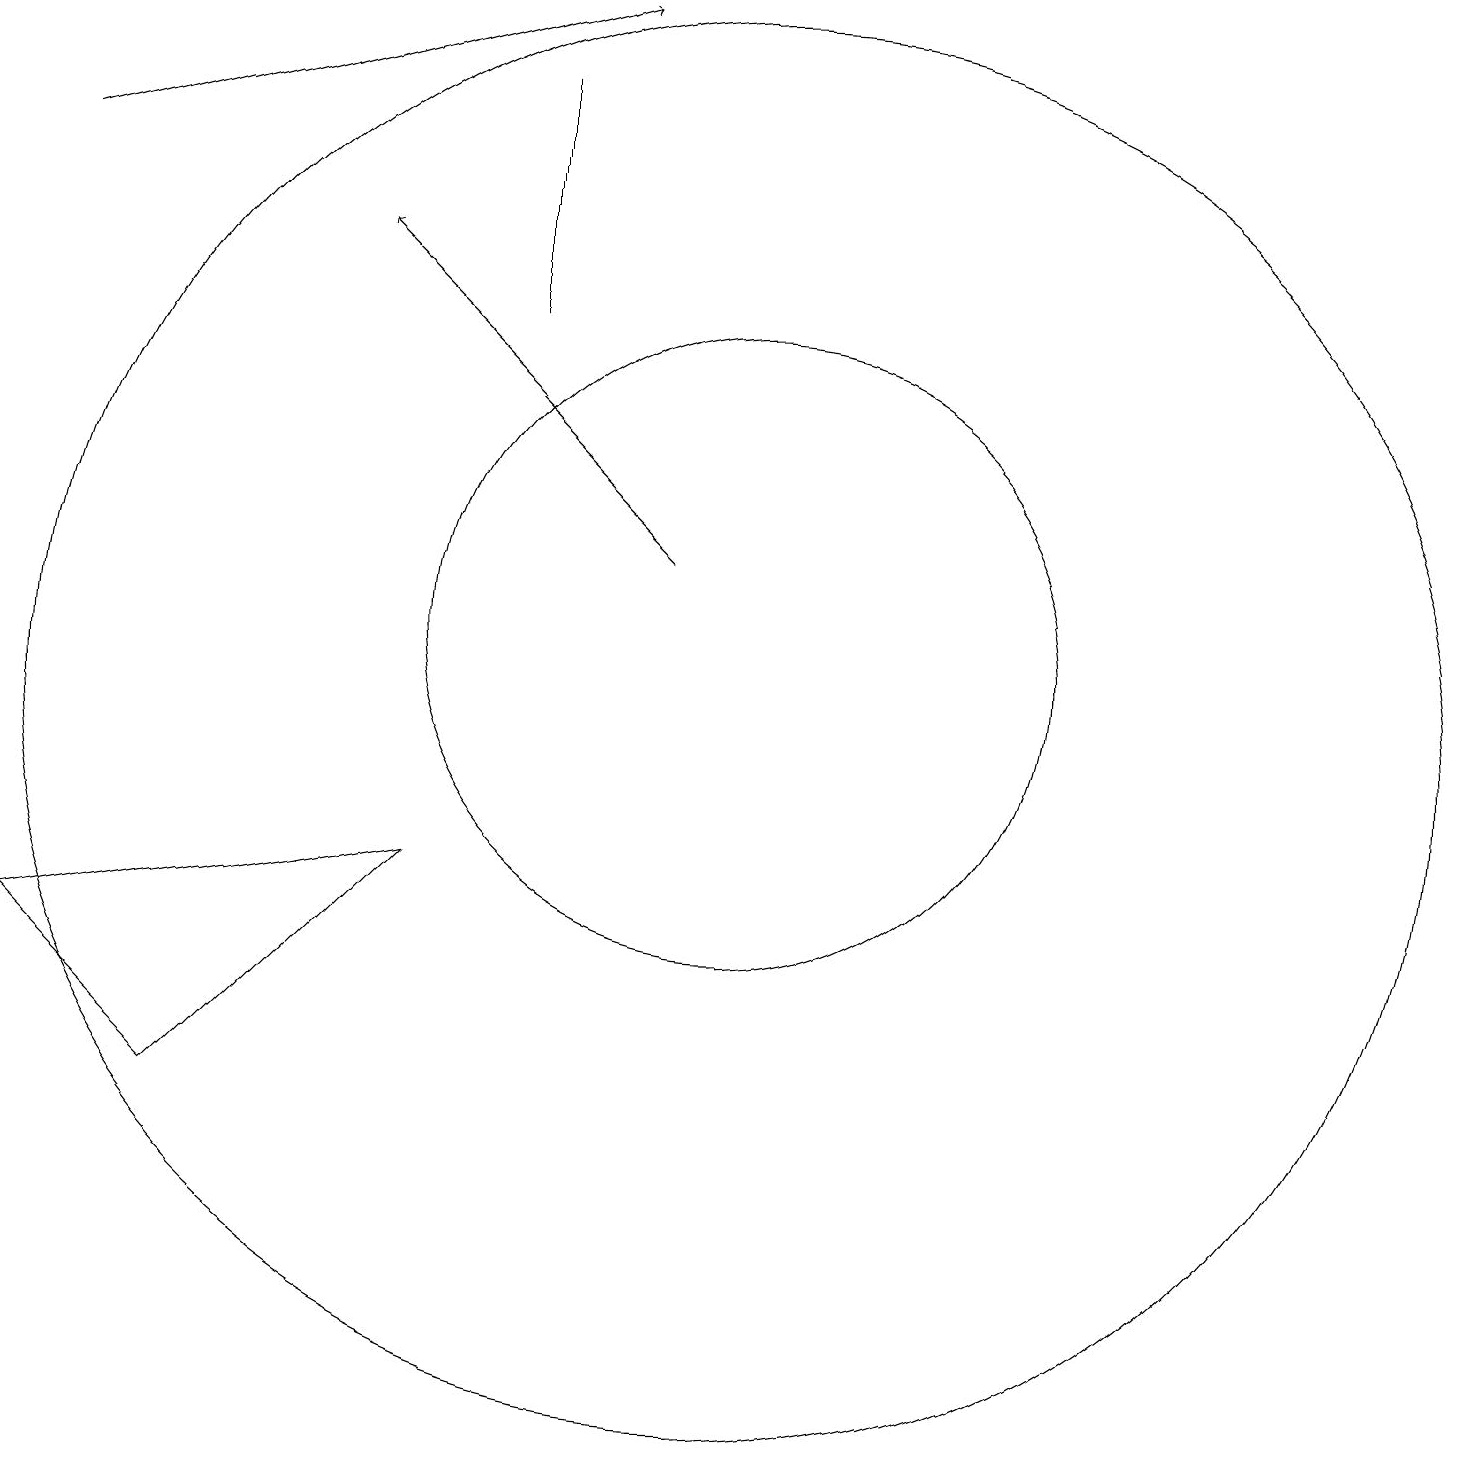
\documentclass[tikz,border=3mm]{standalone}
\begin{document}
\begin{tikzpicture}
\draw (10,10) circle (9);
\draw[->] (1,17) -- (8,19);
\draw (3,5) -- (1,7) -- (6,8) -- cycle;
\draw (10,11) circle (4);
\draw (7,15) rectangle (7,18);
\draw[->] (9,12) -- (5,16);
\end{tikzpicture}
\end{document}